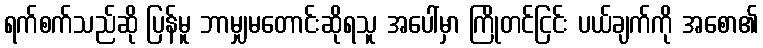
ရက်စက်သည်ဆို ပြန်မူ ဘာမျှမတောင်းဆိုရသူ အပေါ်မှာ ကြိုတင်ငြင်း ပယ်ချက်ကို အစော၏